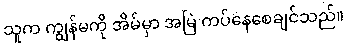
သူက ကျွန်မကို အိမ်မှာ အမြဲ ကပ်နေစေချင်သည်။